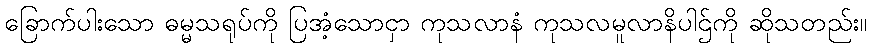
ခြောက်ပါးသော ဓမ္မသရုပ်ကို ပြအံ့သောငှာ ကုသလာနံ ကုသလမူလာနိပါဌ်ကို ဆိုသတည်း။